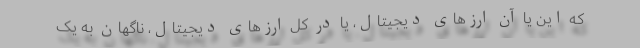
که این یا آن ارزهای دیجیتال، یا در کل ارزهای دیجیتال، ناگهان به یک